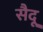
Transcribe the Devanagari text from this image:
सैदू